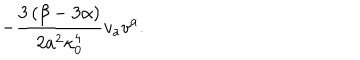
- \frac { 3 \left( \beta - 3 \alpha \right) } { 2 a ^ { 2 } \kappa _ { 0 } ^ { 4 } } v _ { a } v ^ { a } .